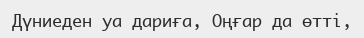
Дүниеден уа дариға, Оңғар да өтті,